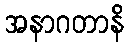
အနာဂတာနိ